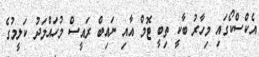
އެކްސްކޯގައި މިހާރު ބާކީ ތިބީ ޓޮމް އާއި ނައިބް ރައީސް މުހައްމަދު ކަލީމުގެ